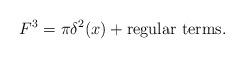
LaTeX: \begin{align*}F^3 = \pi \delta^2 (x) +{\rm regular\ terms}.\end{align*}